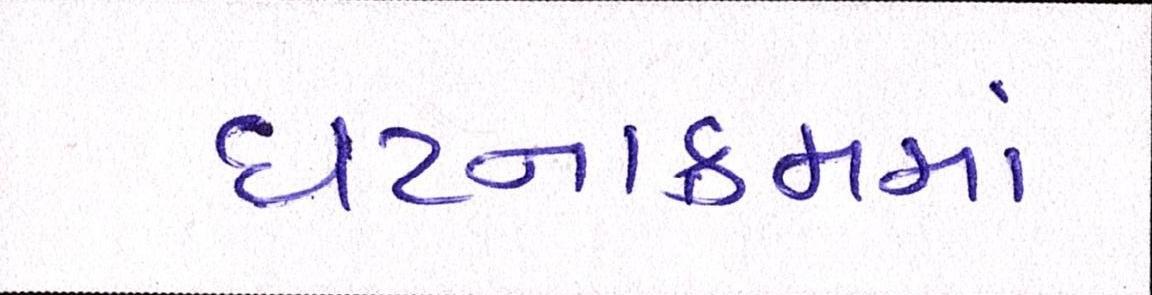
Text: ઘટનાક્રમમાં